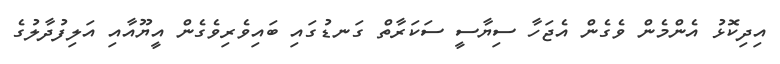
އިދިކޮޅު އެންމެން ވެގެން އެޖަހާ ސިޔާސީ ސަކަރާތް ގަނޑުގައި ބައިވެރިވެގެން އީޔޫއާއި އަލިފުދާލުގެ